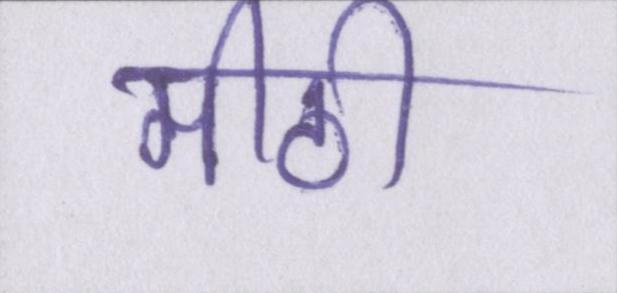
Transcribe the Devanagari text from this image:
मीठी